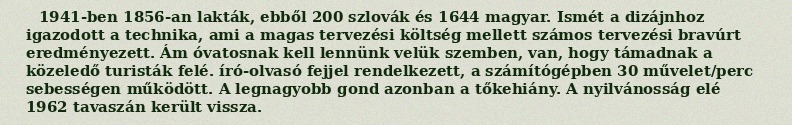
1941-ben 1856-an lakták, ebből 200 szlovák és 1644 magyar. Ismét a dizájnhoz igazodott a technika, ami a magas tervezési költség mellett számos tervezési bravúrt eredményezett. Ám óvatosnak kell lennünk velük szemben, van, hogy támadnak a közeledő turisták felé. író-olvasó fejjel rendelkezett, a számítógépben 30 művelet/perc sebességen működött. A legnagyobb gond azonban a tőkehiány. A nyilvánosság elé 1962 tavaszán került vissza.